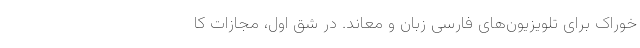
خوراک برای تلویزیون‌های فارسی زبان و معاند. در شِق اول، مجازات کا